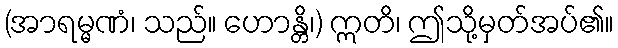
(အာရမ္မဏံ၊ သည်။ ဟောန္တိ၊) ဣတိ၊ ဤသို့မှတ်အပ်၏။